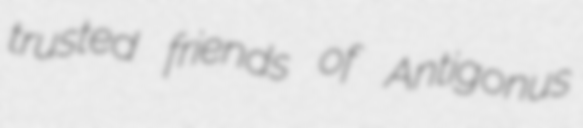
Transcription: trusted friends of Antigonus